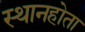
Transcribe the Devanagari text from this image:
स्थानहोता